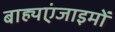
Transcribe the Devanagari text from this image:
बाह्यएंजाइमों